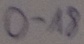
Text: 0-18